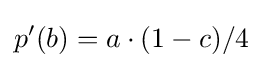
p'(b)=a\cdot (1-c)/4